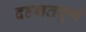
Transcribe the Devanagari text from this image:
दहशतपूर्ण